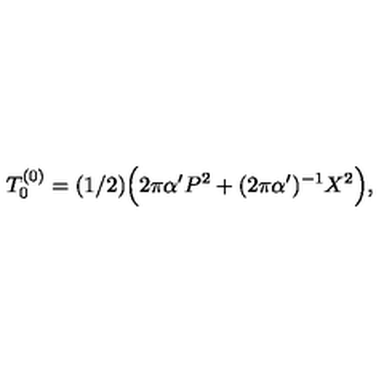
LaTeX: T _ { 0 } ^ { ( 0 ) } = ( 1 / 2 ) \Bigl ( 2 \pi \alpha ^ { \prime } P ^ { 2 } + ( 2 \pi \alpha ^ { \prime } ) ^ { - 1 } X ^ { 2 } \Bigr ) ,